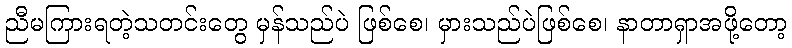
ညီမကြားရတဲ့သတင်းတွေ မှန်သည်ပဲ ဖြစ်စေ၊ မှားသည်ပဲဖြစ်စေ၊ နာတာရှာအဖို့တော့